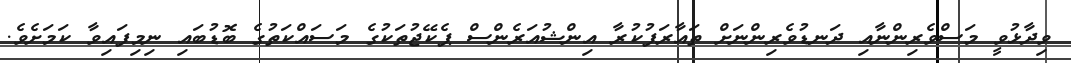
ވިދާޅުވީ މަސްވެރިންނާއި ދަނޑުވެރިންނަށް ތައާރަފުކުރާ އިންޝުއަރެންސް ޕެކޭޖުތަކުގެ މަސައްކަތުގެ ބޮޑުބައި ނިމިފައިވާ ކަމަށެވެ.